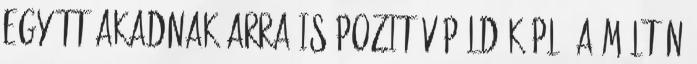
együtt akadnak arra is pozitív példák pl. a méltán